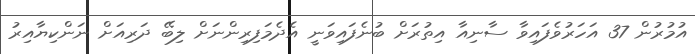
އުމުރުން 37 އަހަރުވެފައިވާ ސާނިއާ އިތުރަށް ބުނެފައިވަނީ އެދެމަފިރިންނަށް ލިބޭ ދަރިއަށް ނަންކިޔާއިރު